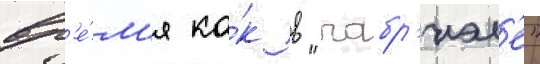
вр'е́м'я ка́к в "габр'иэл'е"